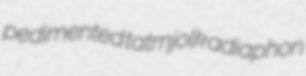
pedimented tatmjolk adiaphon